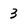
Character: 3